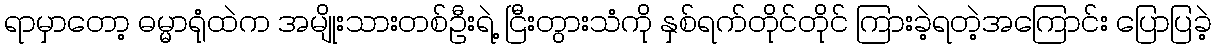
ရာမှာတော့ ဓမ္မာရုံထဲက အမျိုးသားတစ်ဦးရဲ့ ငြီးတွားသံကို နှစ်ရက်တိုင်တိုင် ကြားခဲ့ရတဲ့အကြောင်း ပြောပြခဲ့